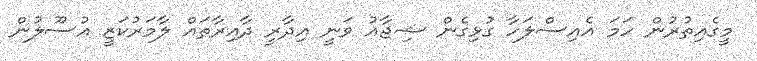
މީގެއިތުރުން ހަމަ އެއިސްލަހާ ގުޅިގެން ޝިޖާއު ވަނީ އިދާރީ ދާއިރާތައް ލާމަރުކަޒީ އުސޫލުން